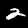
Digit: 2